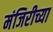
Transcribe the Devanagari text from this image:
मंजिरीच्या